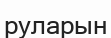
руларын